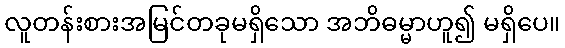
လူတန်းစားအမြင်တခုမရှိသော အဘိဓမ္မာဟူ၍ မရှိပေ။